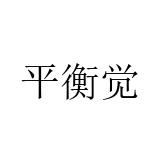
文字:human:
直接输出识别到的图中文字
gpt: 平衡觉